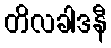
တိလခါဒနီ